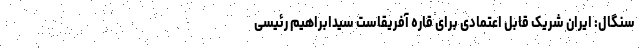
سنگال: ایران شریک قابل اعتمادی برای قاره آفریقاست سیدابراهیم رئیسی